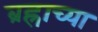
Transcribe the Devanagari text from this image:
ब्रह्राच्या